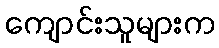
ကျောင်းသူများက